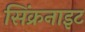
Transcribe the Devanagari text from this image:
सिंक्रनाइट